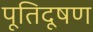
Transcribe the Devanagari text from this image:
पूतिदूषण